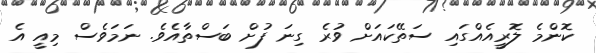
ކޮންމެ ލޮރީއެއްގައި ސަތޭކައަށް ވުރެ ގިނަ ފުށް ބަސްތާއެވެ. ނަމަވެސް މިއީ އެ